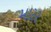
મારર